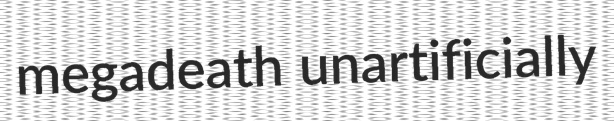
megadeath unartificially